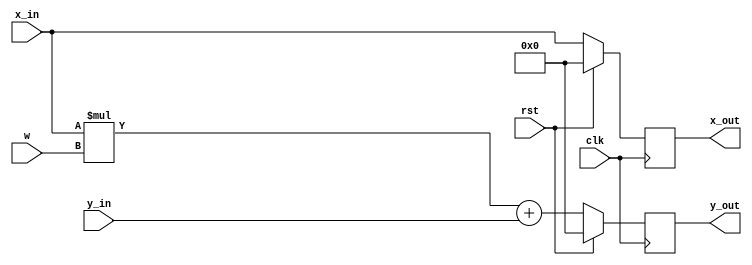
`timescale 1ns / 1ps
//////////////////////////////////////////////////////////////////////////////////
// Company: 
// Engineer: 
// 
// Design Name: 
// Module Name: pe
// Project Name: 
// Target Devices: 
// Tool Versions: 
// Description: 
// 
// Dependencies: 
// 
// Revision:
// Revision 0.01 - File Created
// Additional Comments:
// 
//////////////////////////////////////////////////////////////////////////////////


module pe #(
    parameter DATA_WIDTH = 32
) (
    input clk,
    input rst,
    input [DATA_WIDTH-1:0] w,
    input [DATA_WIDTH-1:0] x_in,
    input [DATA_WIDTH-1:0] y_in,
    output reg [DATA_WIDTH-1:0] x_out,
    output reg [DATA_WIDTH-1:0] y_out
);

//*****************************
// You shoud overwrite this
always@(posedge clk) begin
    if (rst) begin
        x_out <= 0;
        y_out <= 0;
    end
    else begin
        x_out <= x_in;
        y_out <= x_in * w + y_in;
    end
end
//*****************************

endmodule